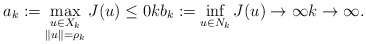
\begin{align*}a_{k}:= \max_{\substack{u\in X_k \\ \|u\|=\rho_k}}J(u) \le 0 k b_k := \inf_{u\in N_k} J(u) \to\infty k\to\infty.\end{align*}